Rangoon Lunatic Asylum 1878-1892 - 1878-1892
Year: 1878
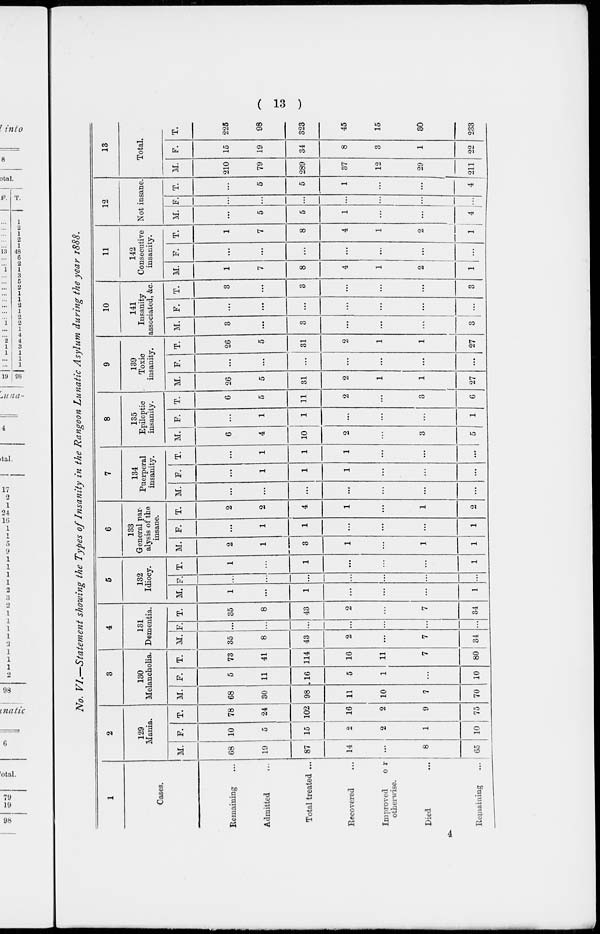
( 13 )
No. VI.—Statement showing the Types of Insanity in the Rangoon Lunatic Asylum during the year 1888.
1
Cases.
Remaining ...
Admitted ...
Total treated ...
Recovered ...
Improved
or
otherwise.
Died ...
Remaining ...
2
129
Mania.
M.
68
19
87
14
...
8
65
F.
10
5
15
2
2
1
10
T.
78
24
102
16
2
9
75
3
130
Melancholia.
M.
68
30
98
11
10
7
70
F.
5
11
16
5
1
...
10
T.
73
41
114
16
11
7
80
4
131
Dementia.
M.
35
8
43
2
...
7
34
F.
...
...
...
...
...
...
...
T.
35
8
43
2
...
7
34
5
132
Idiocy.
M.
1
...
1
...
...
...
1
F.
...
...
...
...
...
...
...
T.
1
...
1
...
...
...
1
6
133
General par-
alysis of the
insane.
M.
2
1
3
1
...
1
1
F.
...
1
1
...
...
...
1
T.
2
2
4
1
...
1
2
7
134
Puerperal
insanity.
M.
...
...
...
...
...
...
...
F.
...
1
1
1
...
...
...
T.
...
1
1
1
...
...
...
8
135
Epileptic
insanity.
M.
6
4
10
2
...
3
5
F.
...
1
1
...
...
...
1
T.
6
5
11
2
...
3
6
9
139
Toxic
insanity.
M.
26
5
31
2
1
1
27
F.
...
...
...
...
...
...
...
T.
26
5
31
2
1
1
27
10
141
Insanity
associated, &c.
M.
3
...
3
...
...
...
3
F.
...
...
...
...
...
...
...
T.
3
...
3
...
...
...
3
11
142
Consecutive
insanity.
M.
1
7
8
4
1
2
1
F.
...
...
...
...
...
...
T.
1
7
8
4
1
2
1
12
Not insane.
M.
...
5
5
1
...
1
4
F.
...
...
...
...
...
...
...
T.
...
5
5
1
...
1
4
13
Total.
M.
210
79
289
37
12
29
211
F.
15
19
34
8
3
1
22
T.
225
98
323
45
15
30
233